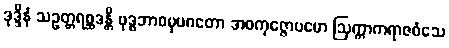
ဒုဒ္ဒိနံ သဥတ္တရစ္ဆဒန္တိ ဗုဒ္ဓဘာဝမုပဂတော အဝကုဇ္ဇောပမော ဩက္ကာကရာဇဝံသေ